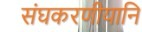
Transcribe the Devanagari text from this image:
संघकरणीयानि